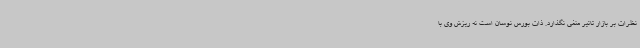
نظرات بر بازار تاثیر منفی نگذارد. ذات بورس نوسان است نه ریزش وی با